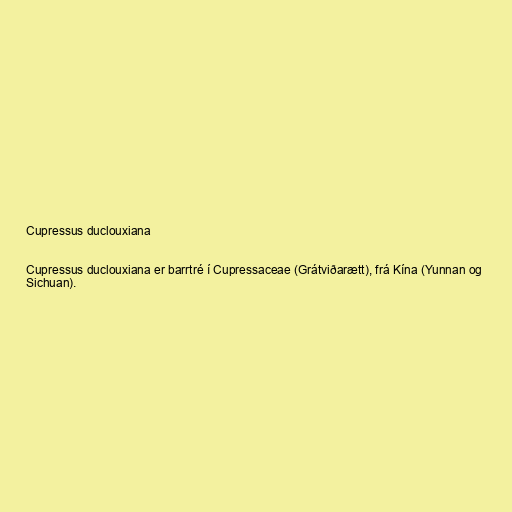
Cupressus duclouxiana

Cupressus duclouxiana er barrtré í Cupressaceae (Grátviðarætt), frá Kína (Yunnan og
Sichuan).